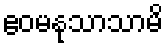
ဧဝမနုသာသာမိ